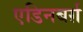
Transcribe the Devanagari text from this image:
एडिनबर्ग़